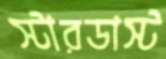
স্টারডাস্ট